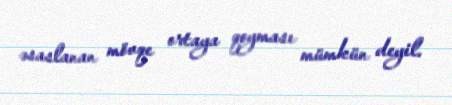
əsaslanan mövqe ortaya qoyması mümkün deyil.